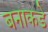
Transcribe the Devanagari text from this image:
बनाकडे